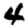
Digit: 4